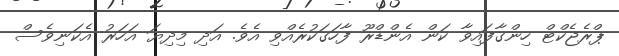
ޕްރެޖެކްޓް ހިންގާފައިވާ ކަން އެންޑްރޫ ފާހަގަކުރެއްވި އެވެ. އަދި މިދިޔަ އަހަރު އެކަނިވެސް